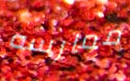
ممارسه